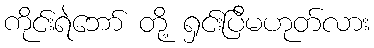
ကိုင်းရဲဘော် တို့ ရှင်းပြီမဟုတ်လား